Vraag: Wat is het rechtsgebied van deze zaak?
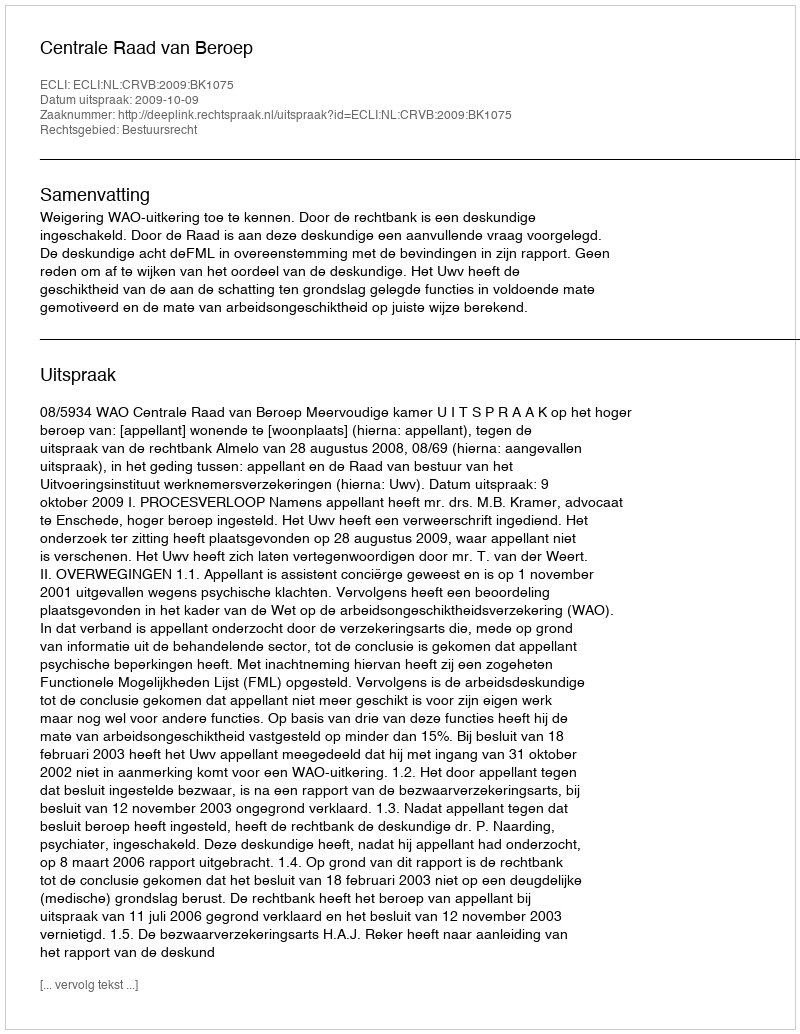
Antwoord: Bestuursrecht